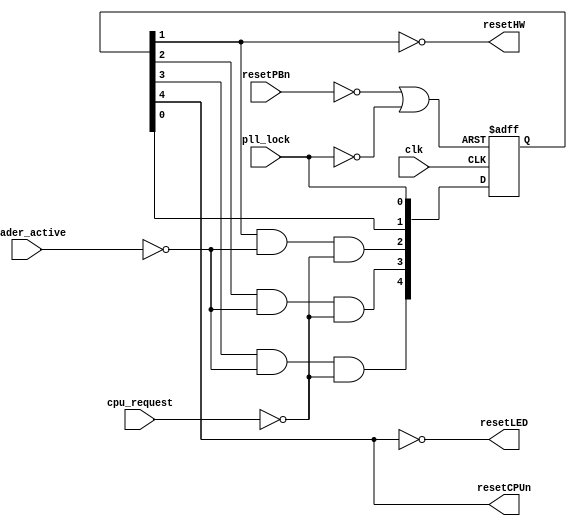
`timescale 1ns / 1ps
//////////////////////////////////////////////////////////////////////////////////
// Company: UCD School of Electrical and Electronic Engineering
// 
// Design Name: 	Cortex-M0 DesignStart system
// Module Name:   reset_gen 
// Description:   Asserts hardare reset signal asynchronously if button pressed
//						or clock manager not locked.  De-asserts synchronously.
//						Asserts CPU reset asynchonously as above, also synchronously
//						if ROM loader hardware is active or CPU requests reset.
//						De-asserts synchronously after minimum 2 clock cycles.
//
// Revision: 
// Revision 0.01 - File Created
// Revision 1	October 2015 - extra FF in shift register to support synchronous reset 
//
//////////////////////////////////////////////////////////////////////////////////
module reset_gen(
    input clk,					// system bus clock
    input resetPBn,			// reset pushbutton, active low
    input pll_lock,			// clock management PLL is locked
    input loader_active,	// ROM loader hardware is active
    input cpu_request,		// CPU is requesting reset
    output resetHW,			// hardware reset, active high
    output resetCPUn,		// CPU and bus reset, active low
    output resetLED			// signal for indicator LED - inverse of above
    );

// Five flip-flops (four would be enough - just being safe!)
	reg [4:0] resetFF;
	
// Asynchronous reset signal for flip-flops
	wire asyncReset = ~resetPBn | ~pll_lock;
	
// Flip-flops all have async reset, act like shift register, but last three loaded
// synchronously with 0 if loader_active or cpu_request, so get quick CPU reset
	always @ (posedge clk or posedge asyncReset)
		if (asyncReset)	resetFF <= 5'b0;	// reset all flip-flops
		else begin
			resetFF[0] <= pll_lock;  
			resetFF[1] <= resetFF[0]; // this FF ignores other signals
			resetFF[2] <= resetFF[1] & ~loader_active & ~cpu_request;
			resetFF[3] <= resetFF[2] & ~loader_active & ~cpu_request;
			resetFF[4] <= resetFF[3] & ~loader_active & ~cpu_request;
			end
			
// Output signals
	assign resetHW = ~resetFF[1];	// asserted until PLL locked, plus 1 clock
	assign resetCPUn = resetFF[4];	// asserted min 2 clocks
	assign resetLED = ~resetFF[4];	// inverse of above			

endmodule